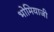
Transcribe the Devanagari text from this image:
भोमियाजी